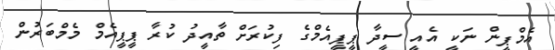
އެމްޕީން ނަކީ އެއީ ސީދާ ޕީޕީއެމްގެ ފިކުރަށް ތާއީދު ކުރާ ޕީޕީއެމް މެމްބަރުން